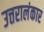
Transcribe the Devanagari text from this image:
उत्तरालंकार